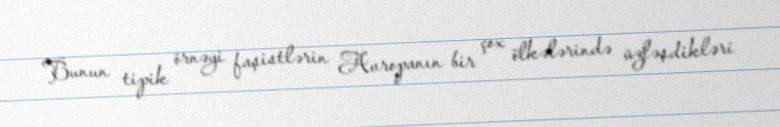
Bunun tipik örnəyi faşistlərin Avropanın bir çox ölkələrində üzləşdikləri